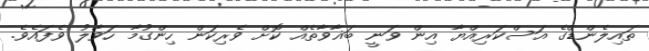
ތައިލެންޑްގެ އަސްކަރިއްޔާ އިން ވަނީ ބަޣާވާތެއް ކޮށް ވެރިކަން ހިންގުމާ ހަވާލު ވެފައެވެ.